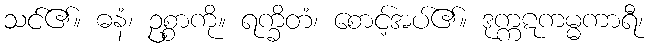
သင်၏။ ဓနံ၊ ဥစ္စာကို။ ရက္ခိတံ၊ စောင့်အပ်၏။ ဒုက္ကဋကမ္မကာရီ၊